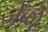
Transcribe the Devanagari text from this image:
जेब्‍लू